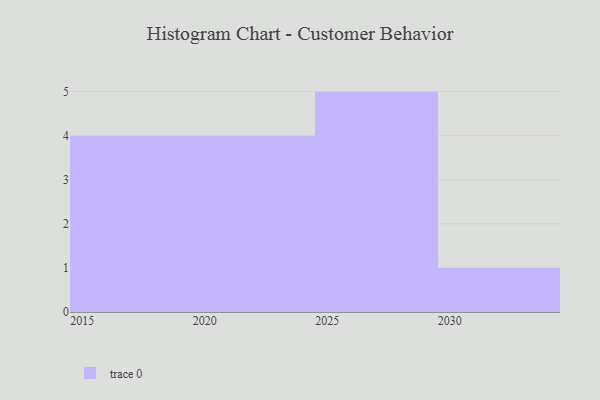
{"axis": {"x": "Year", "y": "Backlog"}, "legend": [""], "data": [{"x": "2015", "y": 21, "type": ""}, {"x": "2029", "y": 43, "type": ""}, {"x": "2026", "y": 46, "type": ""}, {"x": "2017", "y": 100, "type": ""}, {"x": "2018", "y": 29, "type": ""}, {"x": "2024", "y": 57, "type": ""}, {"x": "2019", "y": 31, "type": ""}, {"x": "2030", "y": 21, "type": ""}, {"x": "2023", "y": 91, "type": ""}, {"x": "2025", "y": 21, "type": ""}, {"x": "2027", "y": 59, "type": ""}, {"x": "2022", "y": 24, "type": ""}, {"x": "2020", "y": 91, "type": ""}, {"x": "2028", "y": 68, "type": ""}]}